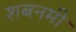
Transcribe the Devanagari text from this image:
शबनमी